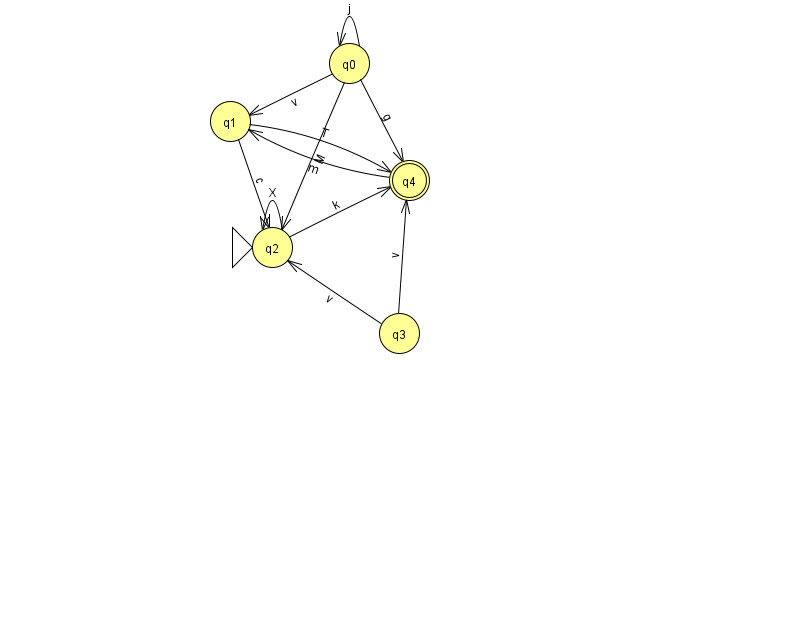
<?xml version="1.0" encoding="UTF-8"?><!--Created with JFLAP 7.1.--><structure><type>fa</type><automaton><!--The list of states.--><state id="0" name="q0"><x>349.0</x><y>50.0</y></state><state id="1" name="q1"><x>230.0</x><y>108.0</y></state><state id="2" name="q2"><x>272.0</x><y>234.0</y><initial/></state><state id="3" name="q3"><x>399.0</x><y>320.0</y></state><state id="4" name="q4"><x>409.0</x><y>167.0</y><final/></state><!--The list of transitions.--><transition><from>0</from><to>1</to><read>v</read></transition><transition><from>4</from><to>1</to><read>m</read></transition><transition><from>0</from><to>2</to><read>M</read></transition><transition><from>2</from><to>2</to><read>X</read></transition><transition><from>3</from><to>4</to><read>v</read></transition><transition><from>0</from><to>4</to><read>g</read></transition><transition><from>0</from><to>0</to><read>j</read></transition><transition><from>1</from><to>2</to><read>c</read></transition><transition><from>1</from><to>4</to><read>T</read></transition><transition><from>2</from><to>4</to><read>k</read></transition><transition><from>3</from><to>2</to><read>v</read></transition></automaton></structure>